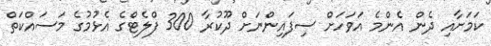
ކަމަށާއި ދެން އެންމެ އަވަހަށް ސިފައިންނަށް ދޫކުރާ 300 ފްލެޓްގެ އެޅުމުގެ މަސައްކަތް